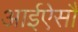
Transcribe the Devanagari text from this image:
आईऐसौ